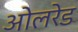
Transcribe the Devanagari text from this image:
ओलरेड